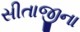
સીતાજીના